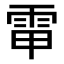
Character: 𩂘